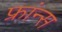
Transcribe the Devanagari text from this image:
फ्रांन्स